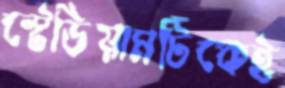
স্টেডিয়ামটিকেই